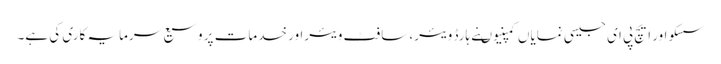
سسکو اور ایچ پی ای جیسی نمایاں کمپنیوںنے ہارڈ ویئر، سافٹ ویئراور خدمات پر وسیع سرمایہ کاری کی ہے۔